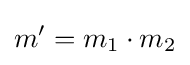
m'=m_{1}\cdot m_{2}